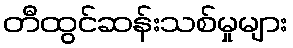
တီထွင်ဆန်းသစ်မှုများ